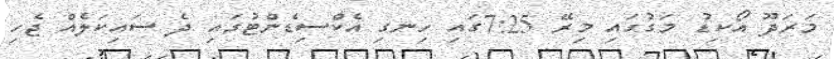
މަރަދޫ އޯކިޑު މަގުގައި މިރޭ 7:25ގައި ހިނގި އެކްސިޑެންޓުގައި ދެ ސައިކަލެއް ޖެހި